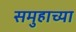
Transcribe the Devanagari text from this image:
समुहाच्या